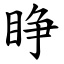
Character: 睁